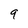
Character: 9